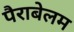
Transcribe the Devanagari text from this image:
पैराबेलम